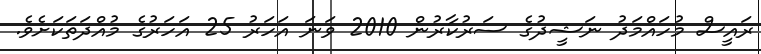
ރައީސް މުހައްމަދު ނަޝީދުގެ ސަރުކާރުން 2010 ވަނަ އަހަރު 25 އަހަރުގެ މުއްދަތަކަށެވެ.